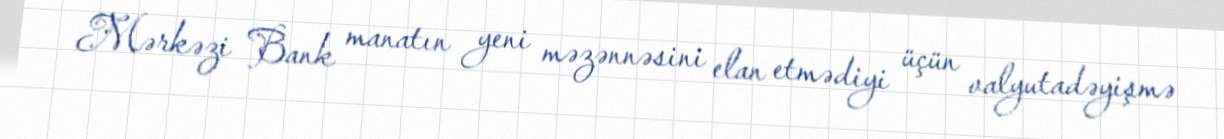
Mərkəzi Bank manatın yeni məzənnəsini elan etmədiyi üçün valyutadəyişmə